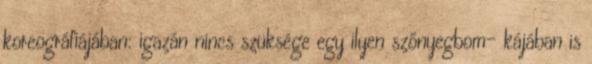
koreográfiájában: igazán nincs szüksége egy ilyen szőnyegbom- kájában is